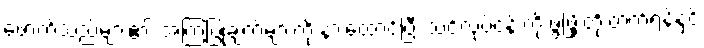
ဖောက်သည်များ၏ အကြံပြုချက်များကို နားထောင်ပြီး သင့်လုပ်ငန်းကို ဖွံ့ဖြိုးတိုးတက်ရန်နှင့်